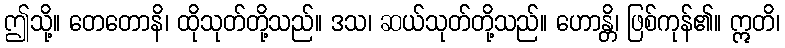
ဤသို့။ တေတောနိ၊ ထိုသုတ်တို့သည်။ ဒသ၊ ဆယ်သုတ်တို့သည်။ ဟောန္တိ၊ ဖြစ်ကုန်၏။ ဣတိ၊